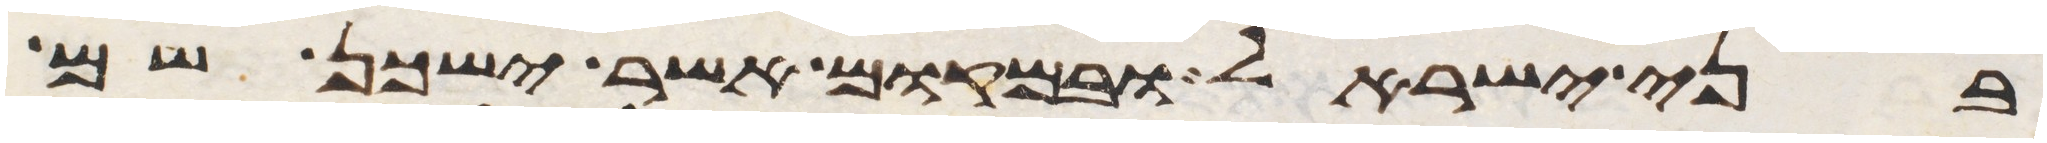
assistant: בני ישראל ובמקום אשר ישכן שם